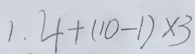
1 . 4 + ( 1 0 - 1 ) \times 3